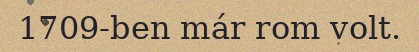
1709-ben már rom volt.